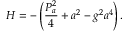
H = - \left( \frac { P _ { a } ^ { 2 } } { 4 } + a ^ { 2 } - g ^ { 2 } a ^ { 4 } \right) .